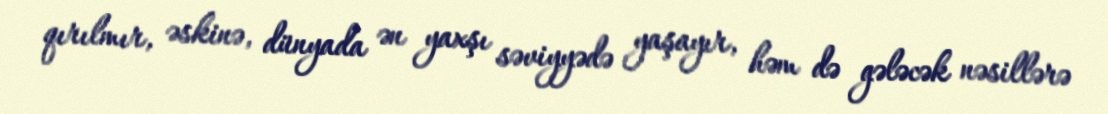
qırılmır, əskinə, dünyada ən yaxşı səviyyədə yaşayır, həm də gələcək nəsillərə